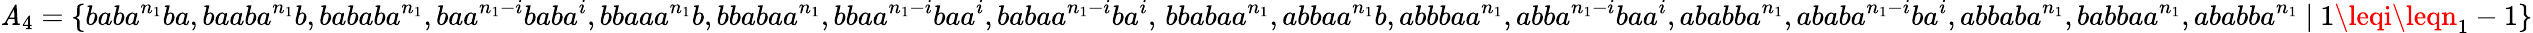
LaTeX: \mathit{A}_{4}=\{ baba^{n_{1}}ba,baaba^{n_{1}}b,bababa^{n_{1}},baa^{n_{1}-i}baba^{i},bbaaa^{n_{1}}b,bbabaa^{n_{1}},bbaa^{n_{1}-i}baa^{i},babaa^{n_{1}-i}ba^{i},\, bbabaa^{n_{1}},abbaa^{n_{1}}b,abbbaa^{n_{1}},abba^{n_{1}-i}baa^{i},ababba^{n_{1}},ababa^{n_{1}-i}ba^{i},abbaba^{n_{1}},babbaa^{n_{1}},ababba^{n_{1}}~|~1\leqi\leqn_{1}-1\}